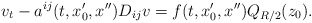
\begin{align*} v_t-a^{ij}(t,x_0',x'')D_{ij}v=f(t,x_0',x'')Q_{R/2}(z_0).\end{align*}